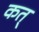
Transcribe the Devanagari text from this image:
कत्